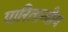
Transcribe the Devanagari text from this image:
पारितान्त्रीय